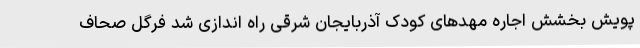
پویش بخشش اجاره مهدهای کودک آذربایجان شرقی راه اندازی شد فرگل صحاف